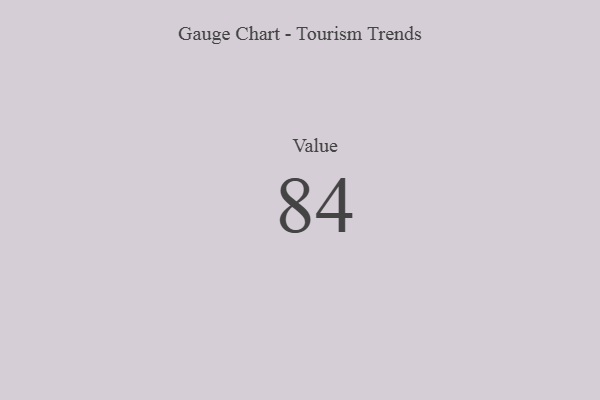
{"axis": {"x": "Metric", "y": "Value"}, "legend": [""], "data": [{"x": "Value", "y": 84, "type": ""}]}